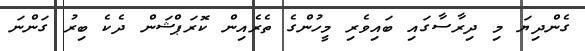
ގެންދިޔަ މި ދިރާސާގައި ބައިވެރި މީހުންގެ ތެރެއިން ކޮރަޕްޝަން ދެކެ ބިރު ގަންނަ